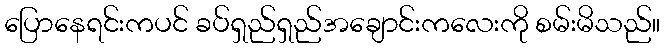
ပြောနေရင်းကပင် ခပ်ရှည်ရှည်အချောင်းကလေးကို စမ်းမိသည်။